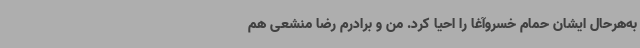
به‌هرحال ایشان حمام خسروآغا را احیا کرد. من و برادرم رضا منشعی هم